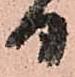
日